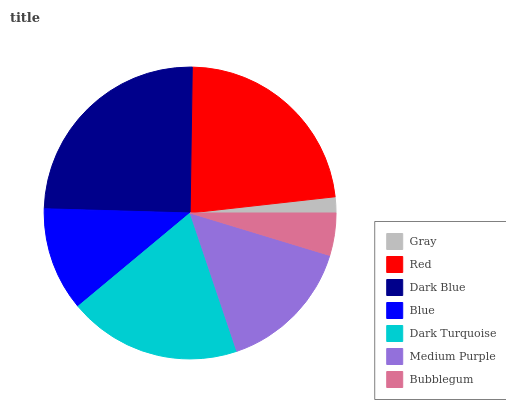
| Gray | Red | Dark Blue | Blue | Dark Turquoise | Medium Purple | Bubblegum |
 | --- | --- | --- | --- | --- | --- | --- |
 | 1.77% | 22.9% | 24.8% | 11.5% | 19.1% | 15.1% | 4.7% |